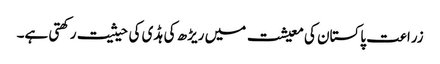
زراعت پاکستان کی معیشت میں ریڑھ کی ہڈی کی حیثیت رکھتی ہے۔